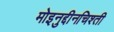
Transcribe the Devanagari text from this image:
मोइनुद्दीनचिश्ती